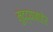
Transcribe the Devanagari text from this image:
मुद्द्याबाहेर